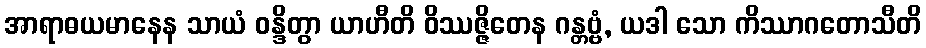
အာရာဓယမာနေန သာယံ ဝန္ဒိတွာ ယာဟီတိ ဝိဿဇ္ဇိတေန ဂန္တဗ္ဗံ, ယဒါ သော ကိဿာဂတောသီတိ